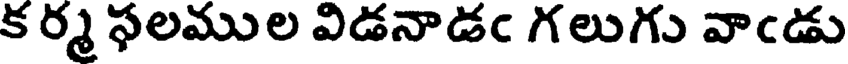
క ర్మ ఫలముల విడనాడఁ గలుగు వాఁడు